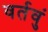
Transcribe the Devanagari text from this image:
वर्तवुं